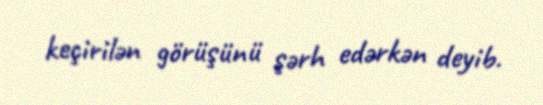
keçirilən görüşünü şərh edərkən deyib.